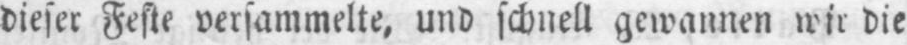
dieser Feste versammelte, und schnell gewannen wir die